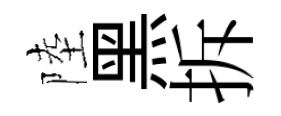
陸黑拆